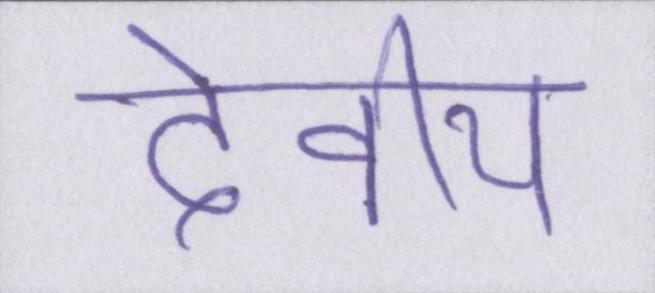
देवीय